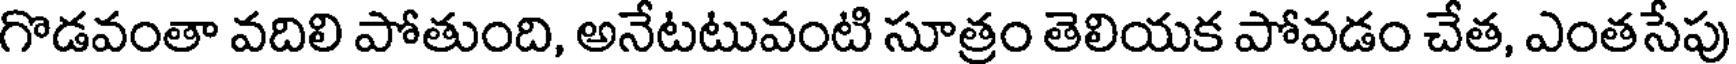
గొడవంతా వదిలి పోతుంది, అనేటటువంటి సూత్రం తెలియక పోవడం చేత, ఎంతసేపు